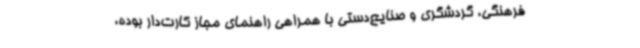
‌فرهنگی، گردشگری و صنایع‌دستی با همراهی راهنمای مجاز کارت‌دار بوده،